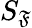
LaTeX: S_{\mathfrak{F}}